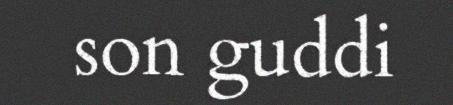
son guddi